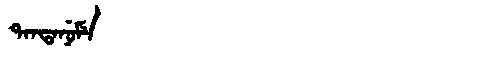
Manchu: ᡨᠠᠨᡨᠠᠨᡠᠮᡝ
Romanization: TANTANUME